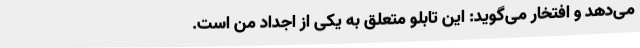
می‌دهد و افتخار می‌گوید: این تابلو متعلق به یکی از اجداد من است.